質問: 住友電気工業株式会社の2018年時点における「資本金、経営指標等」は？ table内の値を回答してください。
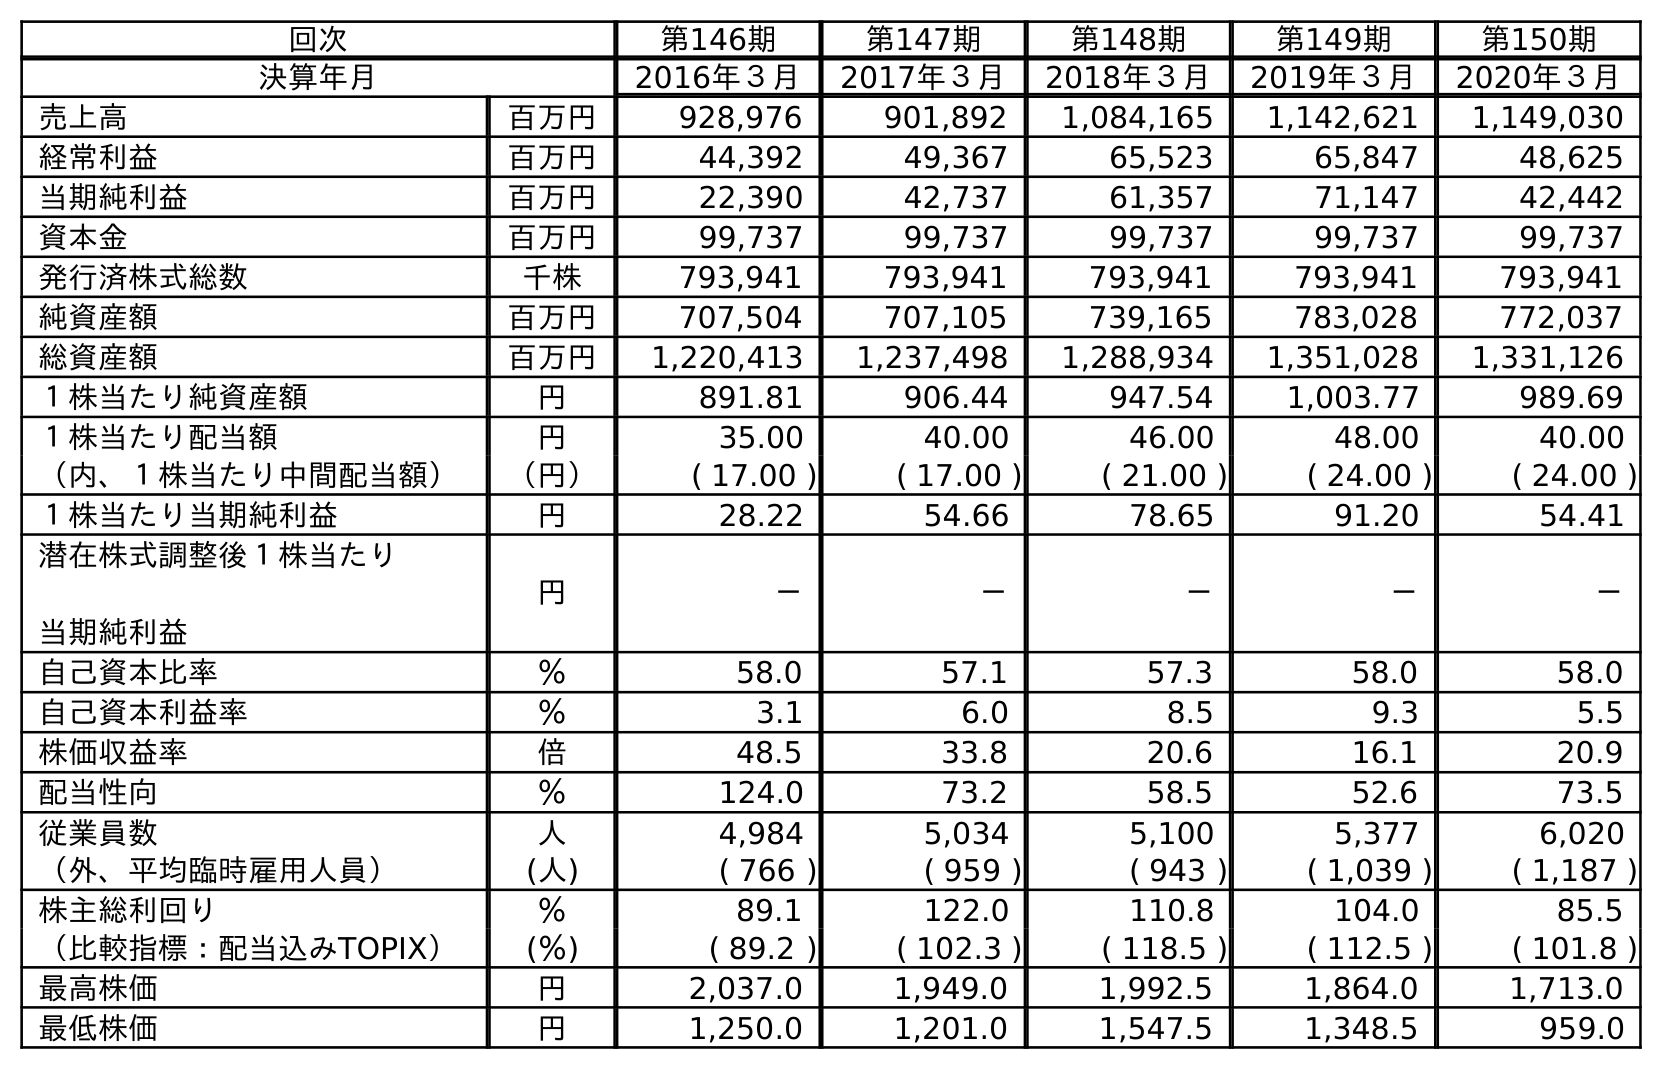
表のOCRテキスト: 回次 第146期 第147期 第148期 第149期 第150期 決算年月 2016年３月 2017年３月 2018年３月 2019年３月 2020年３月 売上高 百万円 928,976 901,892 1,084,165 1,142,621 1,149,030 経常利益 百万円 44,392 49,367 65,523 65,847 48,625 当期純利益 百万円 22,390 42,737 61,357 71,147 42,442 資本金 百万円 99,737 99,737 99,737 99,737 99,737 発行済株式総数 千株 793,941 793,941 793,941 793,941 793,941 純資産額 百万円 707,504 707,105 739,165 783,028 772,037 総資産額 百万円 1,220,413 1,237,498 1,288,934 1,351,028 1,331,126 １株当たり純資産額 円 891.81 906.44 947.54 1,003.77 989.69 １株当たり配当額 円 35.00 40.00 46.00 48.00 40.00 （内、１株当たり中間配当額） （円） ( 17.00 ) ( 17.00 ) ( 21.00 ) ( 24.00 ) ( 24.00 ) １株当たり当期純利益 円 28.22 54.66 78.65 91.20 54.41 潜在株式調整後１株当たり 当期純利益 円 － － － － － 自己資本比率 ％ 58.0 57.1 57.3 58.0 58.0 自己資本利益率 ％ 3.1 6.0 8.5 9.3 5.5 株価収益率 倍 48.5 33.8 20.6 16.1 20.9 配当性向 ％ 124.0 73.2 58.5 52.6 73.5 従業員数 人 4,984 5,034 5,100 5,377 6,020 （外、平均臨時雇用人員） (人) ( 766 ) ( 959 ) ( 943 ) ( 1,039 ) ( 1,187 ) 株主総利回り ％ 89.1 122.0 110.8 104.0 85.5 （比較指標：配当込みTOPIX） (％) ( 89.2 ) ( 102.3 ) ( 118.5 ) ( 112.5 ) ( 101.8 ) 最高株価 円 2,037.0 1,949.0 1,992.5 1,864.0 1,713.0 最低株価 円 1,250.0 1,201.0 1,547.5 1,348.5 959.0
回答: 99,737